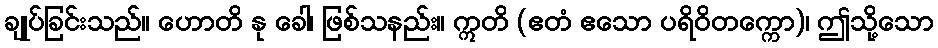
ချုပ်ခြင်းသည်။ ဟောတိ နု ခေါ၊ ဖြစ်သနည်း။ ဣတိ (ဧတံ ဧသော ပရိဝိတက္ကော)၊ ဤသို့သော